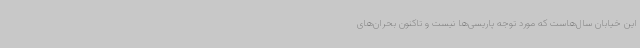
این خیابان سال‌هاست که مورد توجه پاریسی‌ها نیست و تاکنون بحران‌های